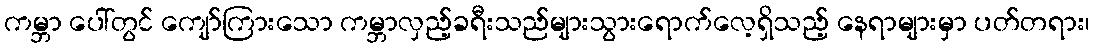
ကမ္ဘာ ပေါ်တွင် ကျော်ကြားသော ကမ္ဘာလှည့်ခရီးသည်များသွားရောက်လေ့ရှိသည့် နေရာများမှာ ပတ်တရား၊